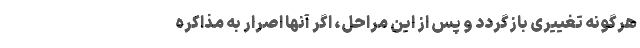
هرگونه تغییری بازگردد و پس از این مراحل، اگر آنها اصرار به مذاکره